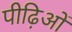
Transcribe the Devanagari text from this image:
पीढ़िओं